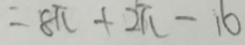
= 8 \pi + 2 \pi - 1 6